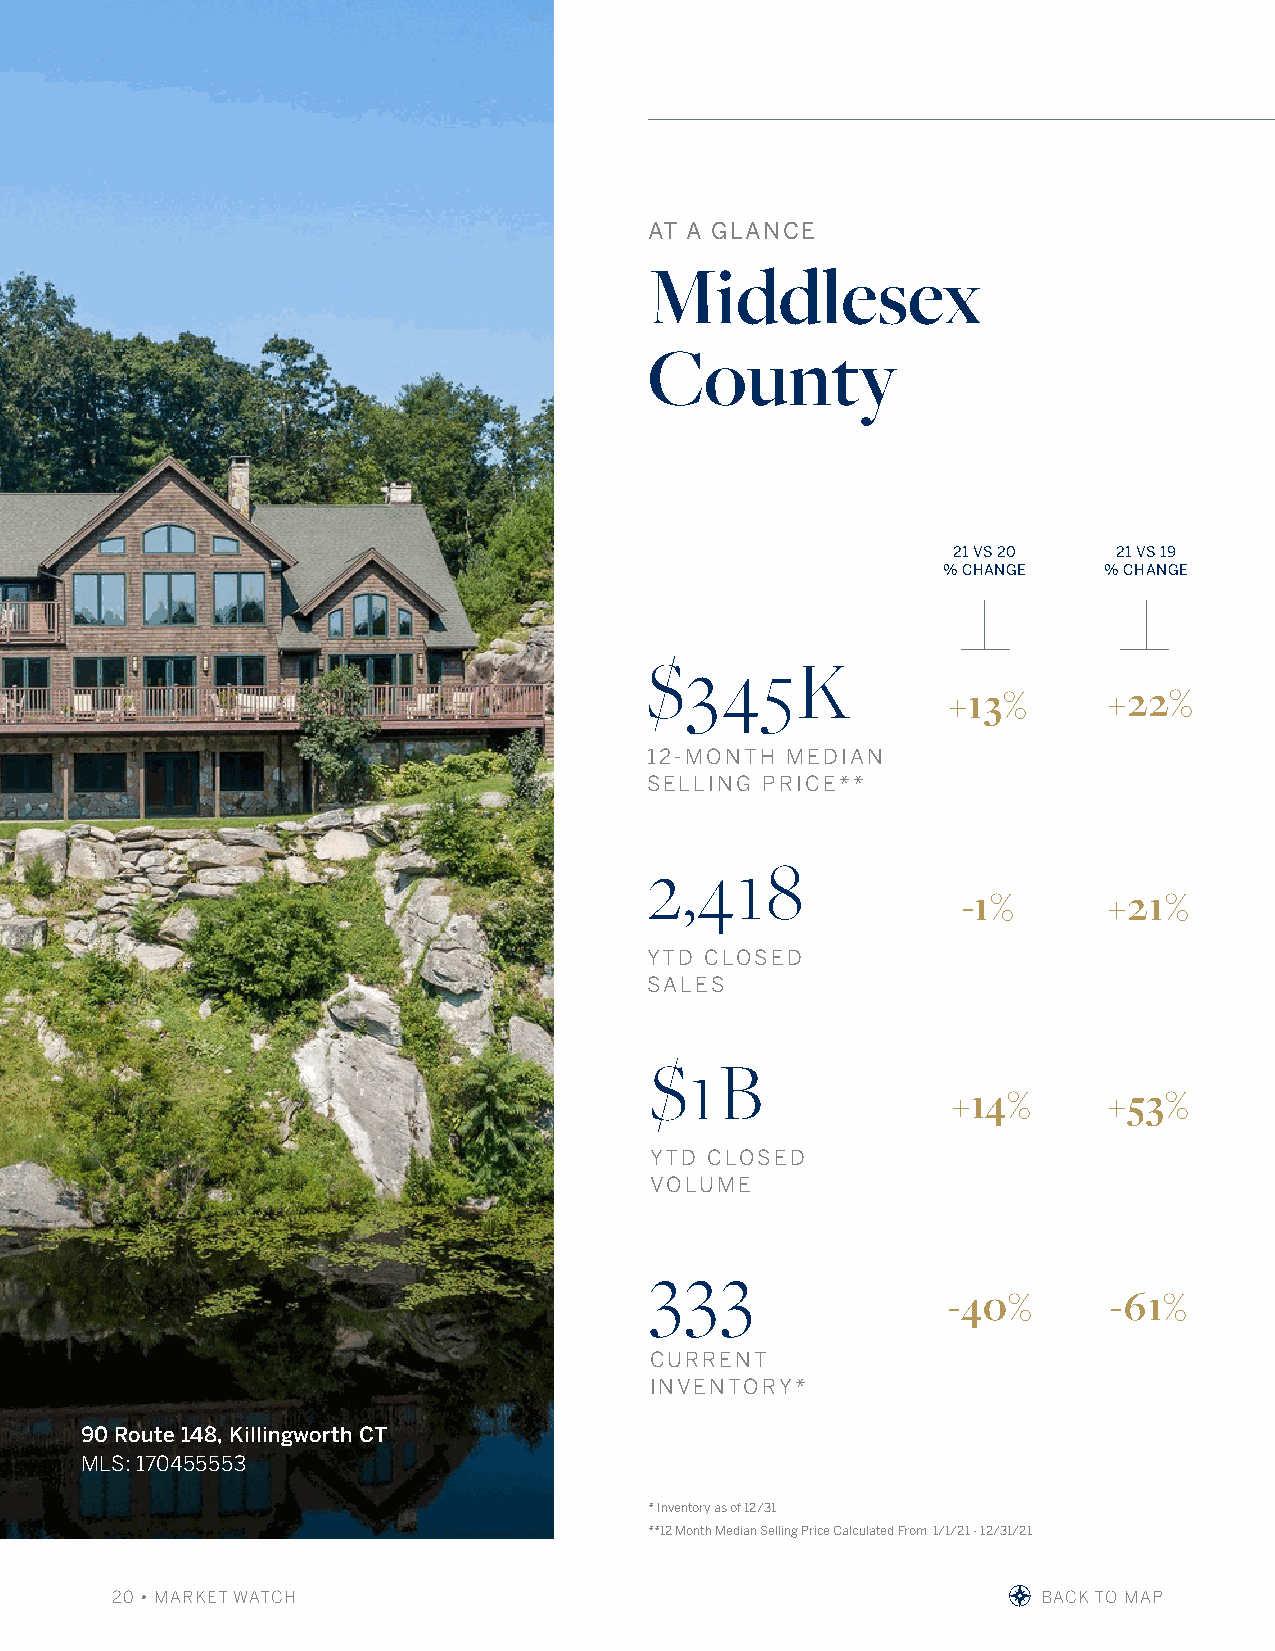
AT A GLANCE
 Middlesex
 County
 21 VS 20   21 VS 19
 % CHANGE   % CHANGE
 $345K
 +13%      +22%
 12-MONTH MEDIAN
 SELLING PRICE**
 2,418
 -1%      +21%
 YTD CLOSED
 SALES
 $1B
 +14%      +53%
 YTD CLOSED
 VOLUME
 333
 -40%      -61%
 CURRENT
 INVENTORY*
 90 Route 148, Killingworth CT
 MLS: 170455553
 * Inventory as of 12/31
 **12 Month Median Selling Price Calculated From 1/1/21 - 12/31/21
 20 • MARKET WATCH                                             BACK TO MAP                   BBRROOWWSSEE MMLLSS LLIISSTTIINNGGSS AANNDD LLEEAARRNN MMOORREE AABBOOUUTT TTHHEE MMAARRKKEETT AATT wwiilllliiaammppiitttt..ccoomm AANNDD jjuulliiaabbffeeee..ccoomm